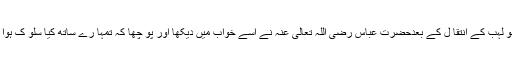
ابو لہب کے انتقا ل کے بعدحضرت عباس رضی اللہ تعالیٰ عنہ نے اسے خواب میں دیکھا اور پو چھا کہ تمہا رے ساتھ کیا سلو ک ہوا ؟